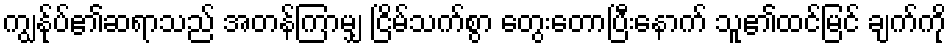
ကျွန်ုပ်၏ဆရာသည် အတန်ကြာမျှ ငြိမ်သက်စွာ တွေးတောပြီးနောက် သူ၏ထင်မြင် ချက်ကို